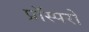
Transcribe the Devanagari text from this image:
प्रॉस्परो